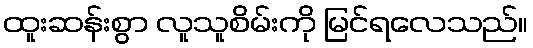
ထူးဆန်းစွာ လူသူစိမ်းကို မြင်ရလေသည်။